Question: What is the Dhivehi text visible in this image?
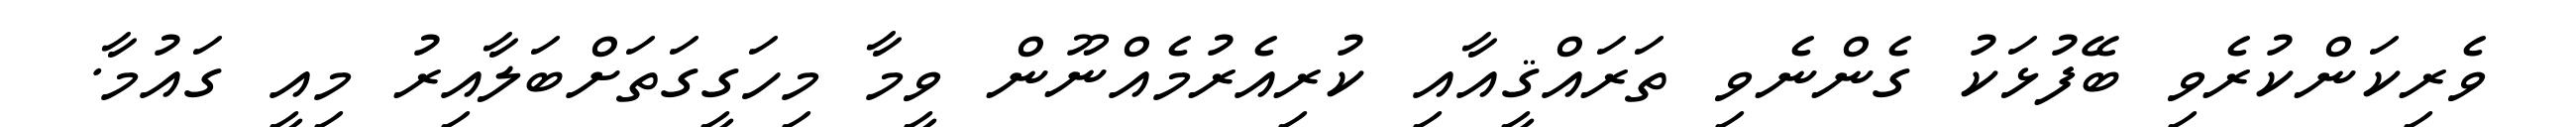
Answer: ވެރިކަންކުރެވި ބޭފުޅަކު ގެންނެވި ތަރައްޤީއާއި ކުރިއެރުމެއްނޫން ވީމާ މިހަގީގަތަށްބަލާއިރު މިއީ ގައުމާ.